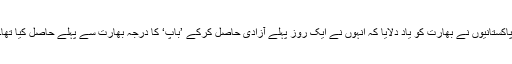
پاکستانیوں نے بھارت کو یاد دلایا کہ انہوں نے ایک روز پہلے آزادی حاصل کرکے ’باپ‘ کا درجہ بھارت سے پہلے حاصل کیا تھا۔